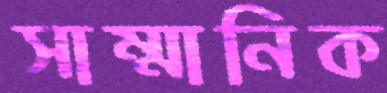
সাম্মানিক